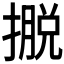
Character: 𢴎